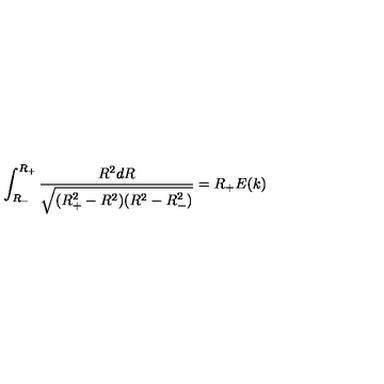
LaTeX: \int _ { R _ { - } } ^ { R _ { + } } \frac { R ^ { 2 } d R } { \sqrt { ( R _ { + } ^ { 2 } - R ^ { 2 } ) ( R ^ { 2 } - R _ { - } ^ { 2 } ) } } = R _ { + } E ( k )